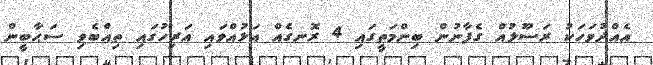
އެއްދުވަހަކު ރަސޫލުއް ގެފާނުން ބިންމަތީގައި 4 ރޮނގެއް އަޅުއްވައި އަރިހުގައި ތިއްބެވި ސަޙާބީން